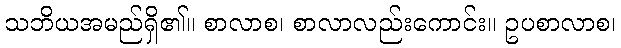
သဘိယအမည်ရှိ၏။ စာလာစ၊ စာလာလည်းကောင်း။ ဥပစာလာစ၊